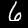
Digit: 6